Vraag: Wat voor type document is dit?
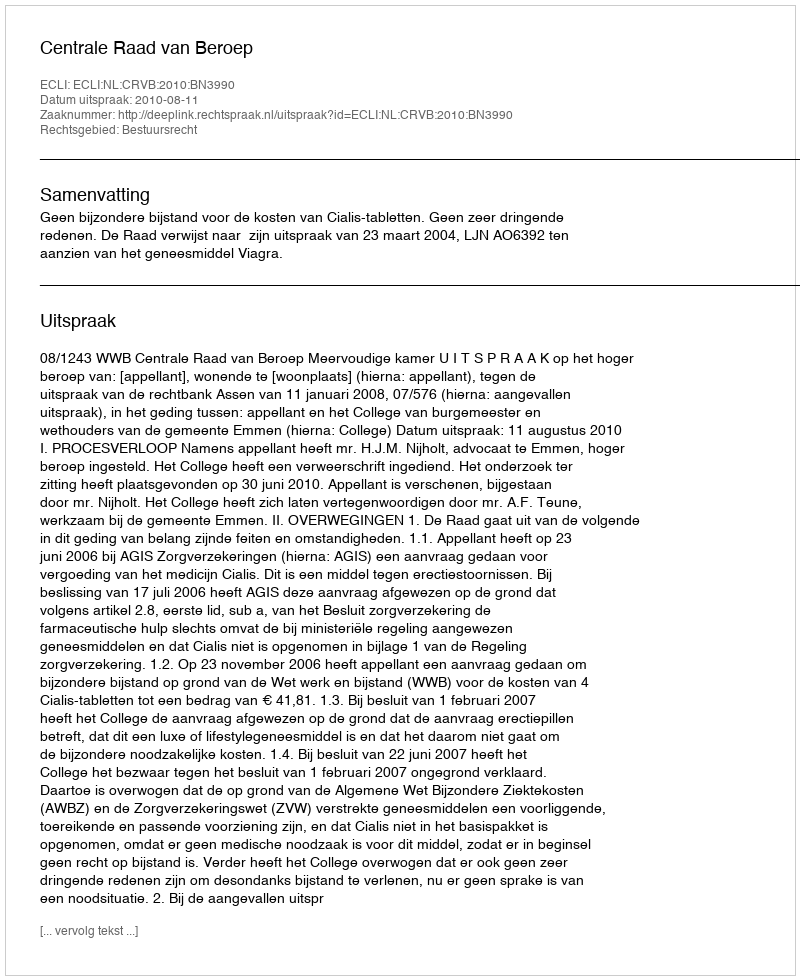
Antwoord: Uitspraak